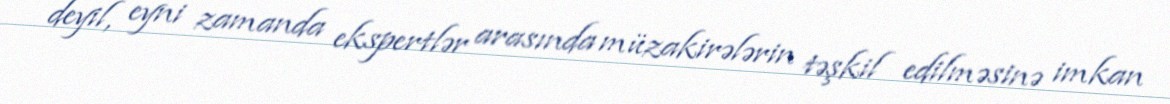
deyil, eyni zamanda ekspertlər arasında müzakirələrin təşkil edilməsinə imkan